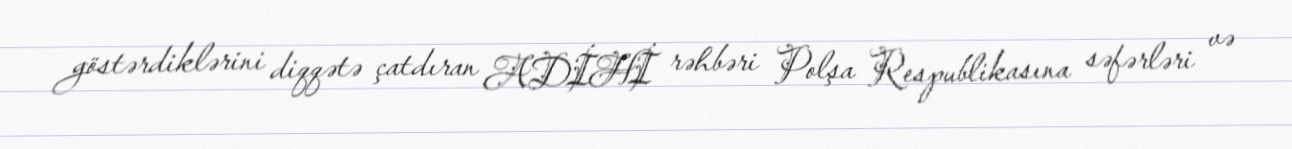
göstərdiklərini diqqətə çatdıran ADİHİ rəhbəri Polşa Respublikasına səfərləri və